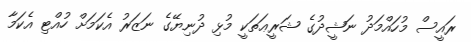
ރައީސް މުހައްމަދު ނަޝީދުގެ ޝަރީޢަތަކީ މުޅި ދުނިޔޭގެ ނަޒަރު އެކަމަށް ހުއްޓި އެކަމާ